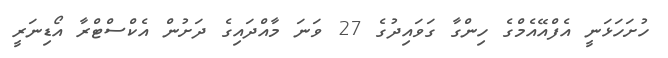
ހުށަހަޅަނީ އެފްއޭއެމްގެ ހިންގާ ގަވައިދުގެ 27 ވަނަ މާއްދައިގެ ދަށުން އެކްސްޓްރާ އޯޑިނަރީ